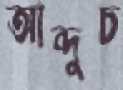
আব্দুচ